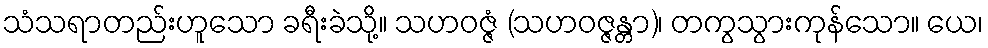
သံသရာတည်းဟူသော ခရီးခဲသို့။ သဟဝဇ္ဇံ (သဟဝဇ္ဇန္တာ)၊ တကွသွားကုန်သော။ ယေ၊